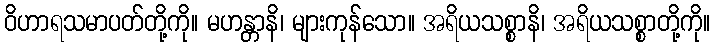
ဝိဟာရသမာပတ်တို့ကို။ မဟန္တာနိ၊ များကုန်သော။ အရိယသစ္စာနိ၊ အရိယသစ္စာတို့ကို။